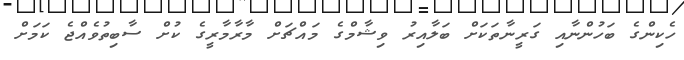
ހެކިންގެ ބަހުންނާއި ގަރީނާތަކަށް ބަލާއިރު ވިޝާމްގެ މައްޗަށް މާރާމާރީގެ ކުށް ސާބިތުވެއްޖެ ކަމަށް